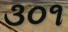
૩૦૧